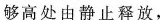
够高处由静止释放,